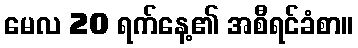
မေလ 20 ရက်နေ့၏ အစီရင်ခံစာ။